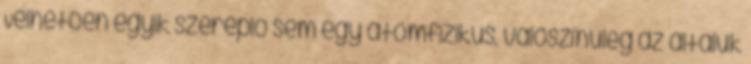
Vélhetően egyik szereplő sem egy atomfizikus, valószínűleg az általuk